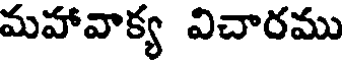
మహావాక్య విచారము